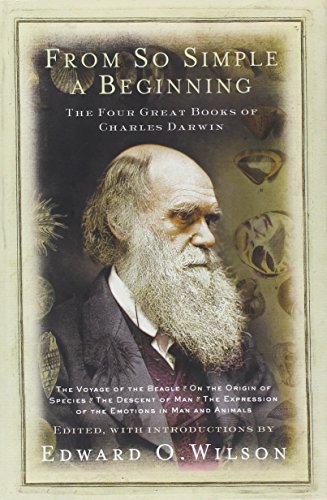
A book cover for From So Simple a Beginning: Darwin's Four Great Books (Voyage of the Beagle, The Origin of Species, The Descent of Man, The Expression of Emotions in Man and Animals); Charles Darwin; Science & Math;